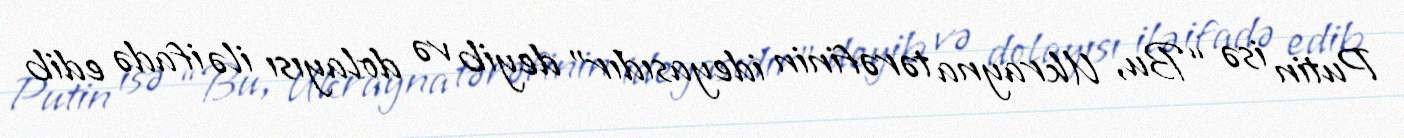
Putin isə “Bu, Ukrayna tərəfinin ideyasıdır” deyib və dolayısı ilə ifadə edib